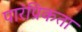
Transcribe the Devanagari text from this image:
पारंप्रिकता